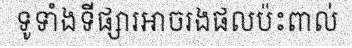
ទូទាំងទីផ្សារអាចរងផលប៉ះពាល់